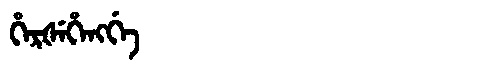
Manchu: ᡥᡝᡵᡧᡝᡥᡝᠩᡤᡝ
Romanization: HERŠEHENGGE